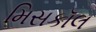
મિસકૉલ